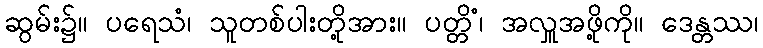
ဆွမ်း၌။ ပရေသံ၊ သူတစ်ပါးတို့အား။ ပတ္တိံ၊ အလှူအဖို့ကို။ ဒေန္တဿ၊